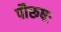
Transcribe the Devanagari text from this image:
पौरूषः